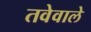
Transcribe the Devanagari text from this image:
तवेवाले